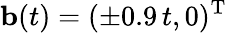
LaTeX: {\mathbf b}(t)=(\pm 0.9\, t,0)^{{\mathrm T}}